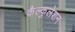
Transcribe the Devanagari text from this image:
कैल्कुलेशन